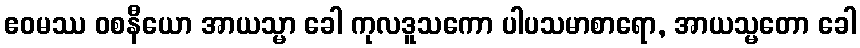
ဧဝမဿ ဝစနီယော အာယသ္မာ ခေါ ကုလဒူသကော ပါပသမာစာရော, အာယသ္မတော ခေါ